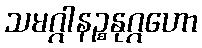
သမဂ္ဂါနဉ္စနုဂ္ဂဟော